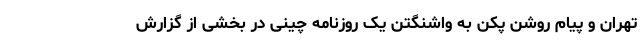
تهران و پیام روشن پکن به واشنگتن یک روزنامه چینی در بخشی از گزارش